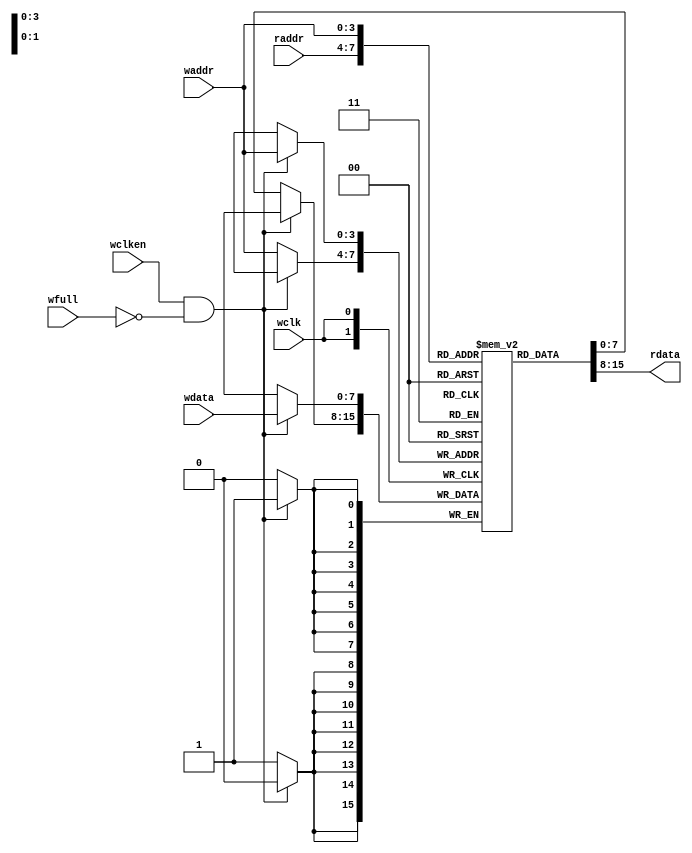
`timescale 1ns / 1ps
//////////////////////////////////////////////////////////////////////////////////
// Company: 
// Engineer: 
// 
// Design Name: 
// Module Name: fifo_mem
// Project Name: 
// Target Devices: 
// Tool Versions: 
// Description: 
// 
// Dependencies: 
// 
// Revision:
// Revision 0.01 - File Created
// Additional Comments:
// 
//////////////////////////////////////////////////////////////////////////////////


module fifo_mem
    #(parameter DATASIZE = 8, ADDRSIZE = 4)(
    output [DATASIZE-1:0] rdata,
    input [DATASIZE-1:0] wdata,
    input [ADDRSIZE-1:0] waddr,raddr,
    input wclken,wfull,wclk
    );
    
    reg [DATASIZE-1:0] mem [0:(2**ADDRSIZE)-1];
    
    assign rdata = mem[raddr];
    
    always@(posedge wclk) begin
        if(wclken && !wfull) begin
            mem[waddr] <= wdata;
        end
        else mem[waddr] <= mem[waddr];
    end
    
endmodule